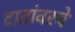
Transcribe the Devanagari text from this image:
दातांवरचे